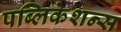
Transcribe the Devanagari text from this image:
पब्‍लिकेशन्‍स